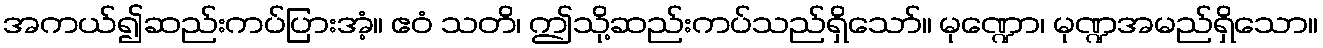
အကယ်၍ဆည်းကပ်ပြားအံ့။ ဧဝံ သတိ၊ ဤသို့ဆည်းကပ်သည်ရှိသော်။ မုဏ္ဍော၊ မုဏ္ဍအမည်ရှိသော။